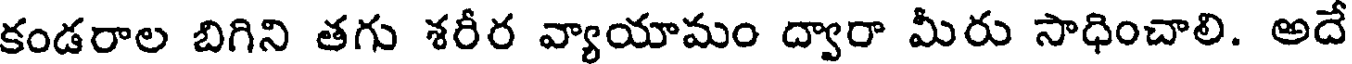
కండరాల బిగిని తగు శరీర వ్యాయామం ద్వారా మీరు సాధించాలి. అదే